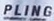
PLING